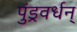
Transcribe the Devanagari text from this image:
पुंड्रवर्धन्